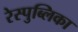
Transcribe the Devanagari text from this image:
रेस्पुब्लिका